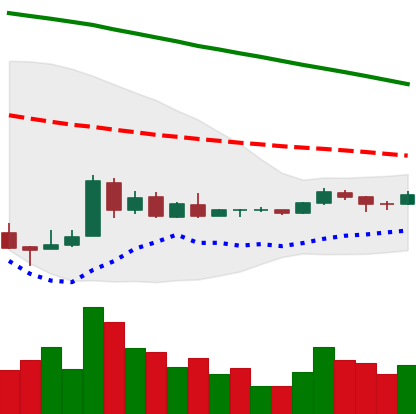
Ticker: XRP-USD
Chart end date: 2018-09-01
Forward return: -12.945%
Label: down_7plus